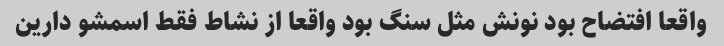
واقعا افتضاح بود نونش مثل سنگ بود واقعا از نشاط فقط اسمشو دارین